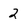
Character: 2